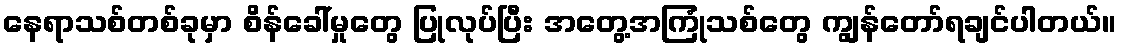
နေရာသစ်တစ်ခုမှာ စိန်ခေါ်မှုတွေ ပြုလုပ်ပြီး အတွေ့အကြုံသစ်တွေ ကျွန်တော်ရချင်ပါတယ်။